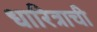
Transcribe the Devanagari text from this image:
धारित्राची